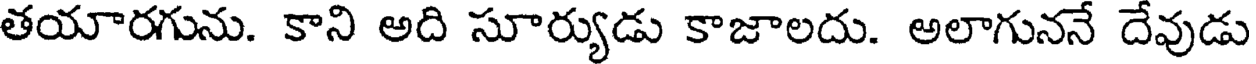
తయారగును. కాని అది సూర్యుడు కాజాలదు. అలాగుననే దేవుడు